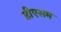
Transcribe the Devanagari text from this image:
डीएसम